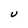
Character: U